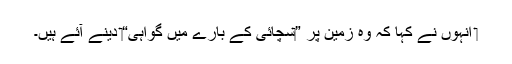
‏ اُنہوں نے کہا کہ وہ زمین پر ”‏سچائی کے بارے میں گواہی“‏ دینے آئے ہیں۔